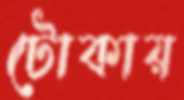
টোকায়